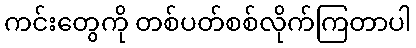
ကင်းတွေကို တစ်ပတ်စစ်လိုက်ကြတာပါ